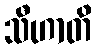
သီဟာတိ